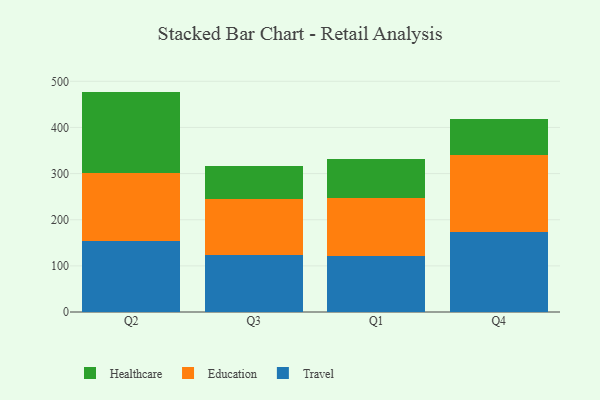
{"axis": {"x": "Quarter", "y": "Satisfaction Score"}, "legend": ["Education", "Healthcare", "Travel"], "data": [{"x": "Q2", "y": 154.1, "type": "Travel"}, {"x": "Q2", "y": 146.4, "type": "Education"}, {"x": "Q2", "y": 177.2, "type": "Healthcare"}, {"x": "Q3", "y": 124.2, "type": "Travel"}, {"x": "Q3", "y": 120.5, "type": "Education"}, {"x": "Q3", "y": 71.8, "type": "Healthcare"}, {"x": "Q1", "y": 121.0, "type": "Travel"}, {"x": "Q1", "y": 126.1, "type": "Education"}, {"x": "Q1", "y": 83.9, "type": "Healthcare"}, {"x": "Q4", "y": 173.6, "type": "Travel"}, {"x": "Q4", "y": 167.4, "type": "Education"}, {"x": "Q4", "y": 76.8, "type": "Healthcare"}]}